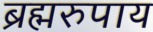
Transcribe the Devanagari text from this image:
ब्रह्मरुपाय